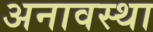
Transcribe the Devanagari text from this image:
अनावस्था